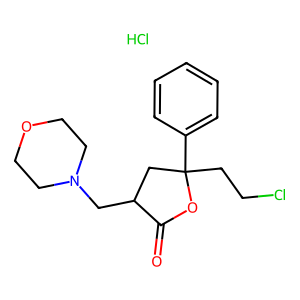
SMILES: Cl.O=C1OC(CCCl)(c2ccccc2)CC1CN1CCOCC1
Inhibits HIV replication: No